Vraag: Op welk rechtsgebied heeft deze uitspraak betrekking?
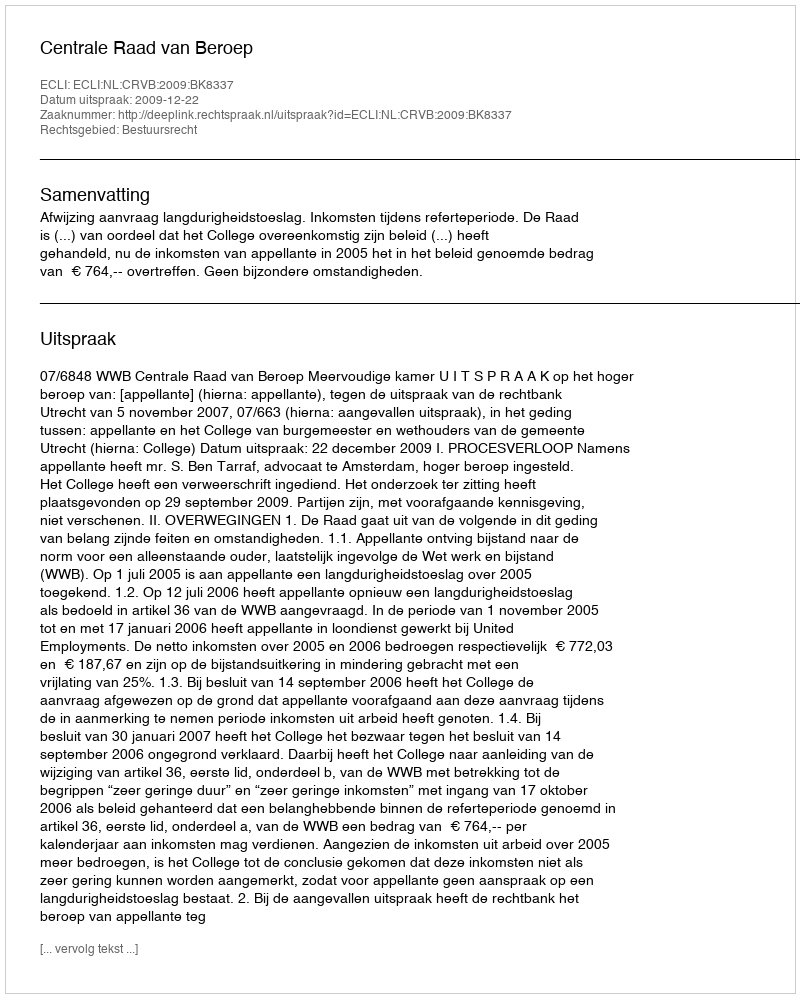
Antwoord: Bestuursrecht